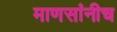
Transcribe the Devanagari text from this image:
माणसांनीच